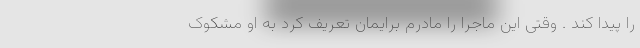
را پیدا کند . وقتی این ماجرا را مادرم برایمان تعریف کرد به او مشکوک